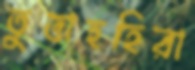
তুতাহহিরা